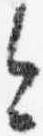
今